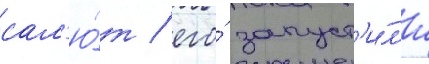
сал'ю́т / его́ запуст'и́л'и